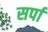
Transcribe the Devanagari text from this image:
सर्पा